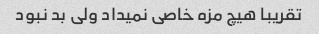
تقریبا هیچ مزه خاصی نمیداد ولی بد نبود